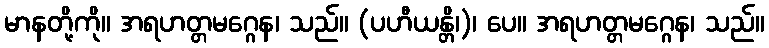
မာနတို့ကို။ အရဟတ္တမဂ္ဂေန၊ သည်။ (ပဟီယန္တိ၊)၊ ပေ။ အရဟတ္တမဂ္ဂေန၊ သည်။